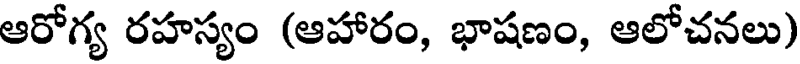
ఆరోగ్య రహస్యం (ఆహారం, భాషణం, ఆలోచనలు)